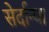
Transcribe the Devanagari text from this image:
सेर्दान्या